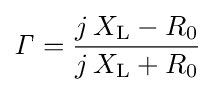
{\mathit {\Gamma }}={\frac {j\,X_{\mathrm {L} }-R_{\mathrm {0} }}{j\,X_{\mathrm {L} }+R_{\mathrm {0} }}}